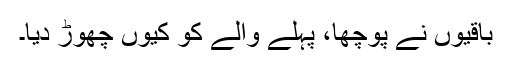
باقیوں نے پوچھا، پہلے والے کو کیوں چھوڑ دیا۔